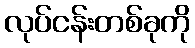
လုပ်ငန်းတစ်ခုကို